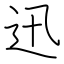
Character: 迅